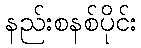
နည်းစနစ်ပိုင်း